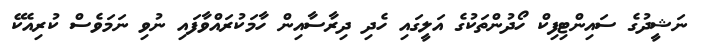
ނަޝީދުގެ ސައިންޓިފިކް ހޯދުންތަކުގެ އަލީގައި ހެދި ދިރާސާއިން ހާމަކުރައްވާފައި ނުވި ނަމަވެސް ކުރިއެކޭ